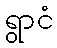
ရွာငံ